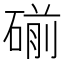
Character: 𰧏